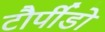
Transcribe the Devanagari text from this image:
टौर्पीडो